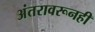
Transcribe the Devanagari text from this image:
अंतरावरूनही